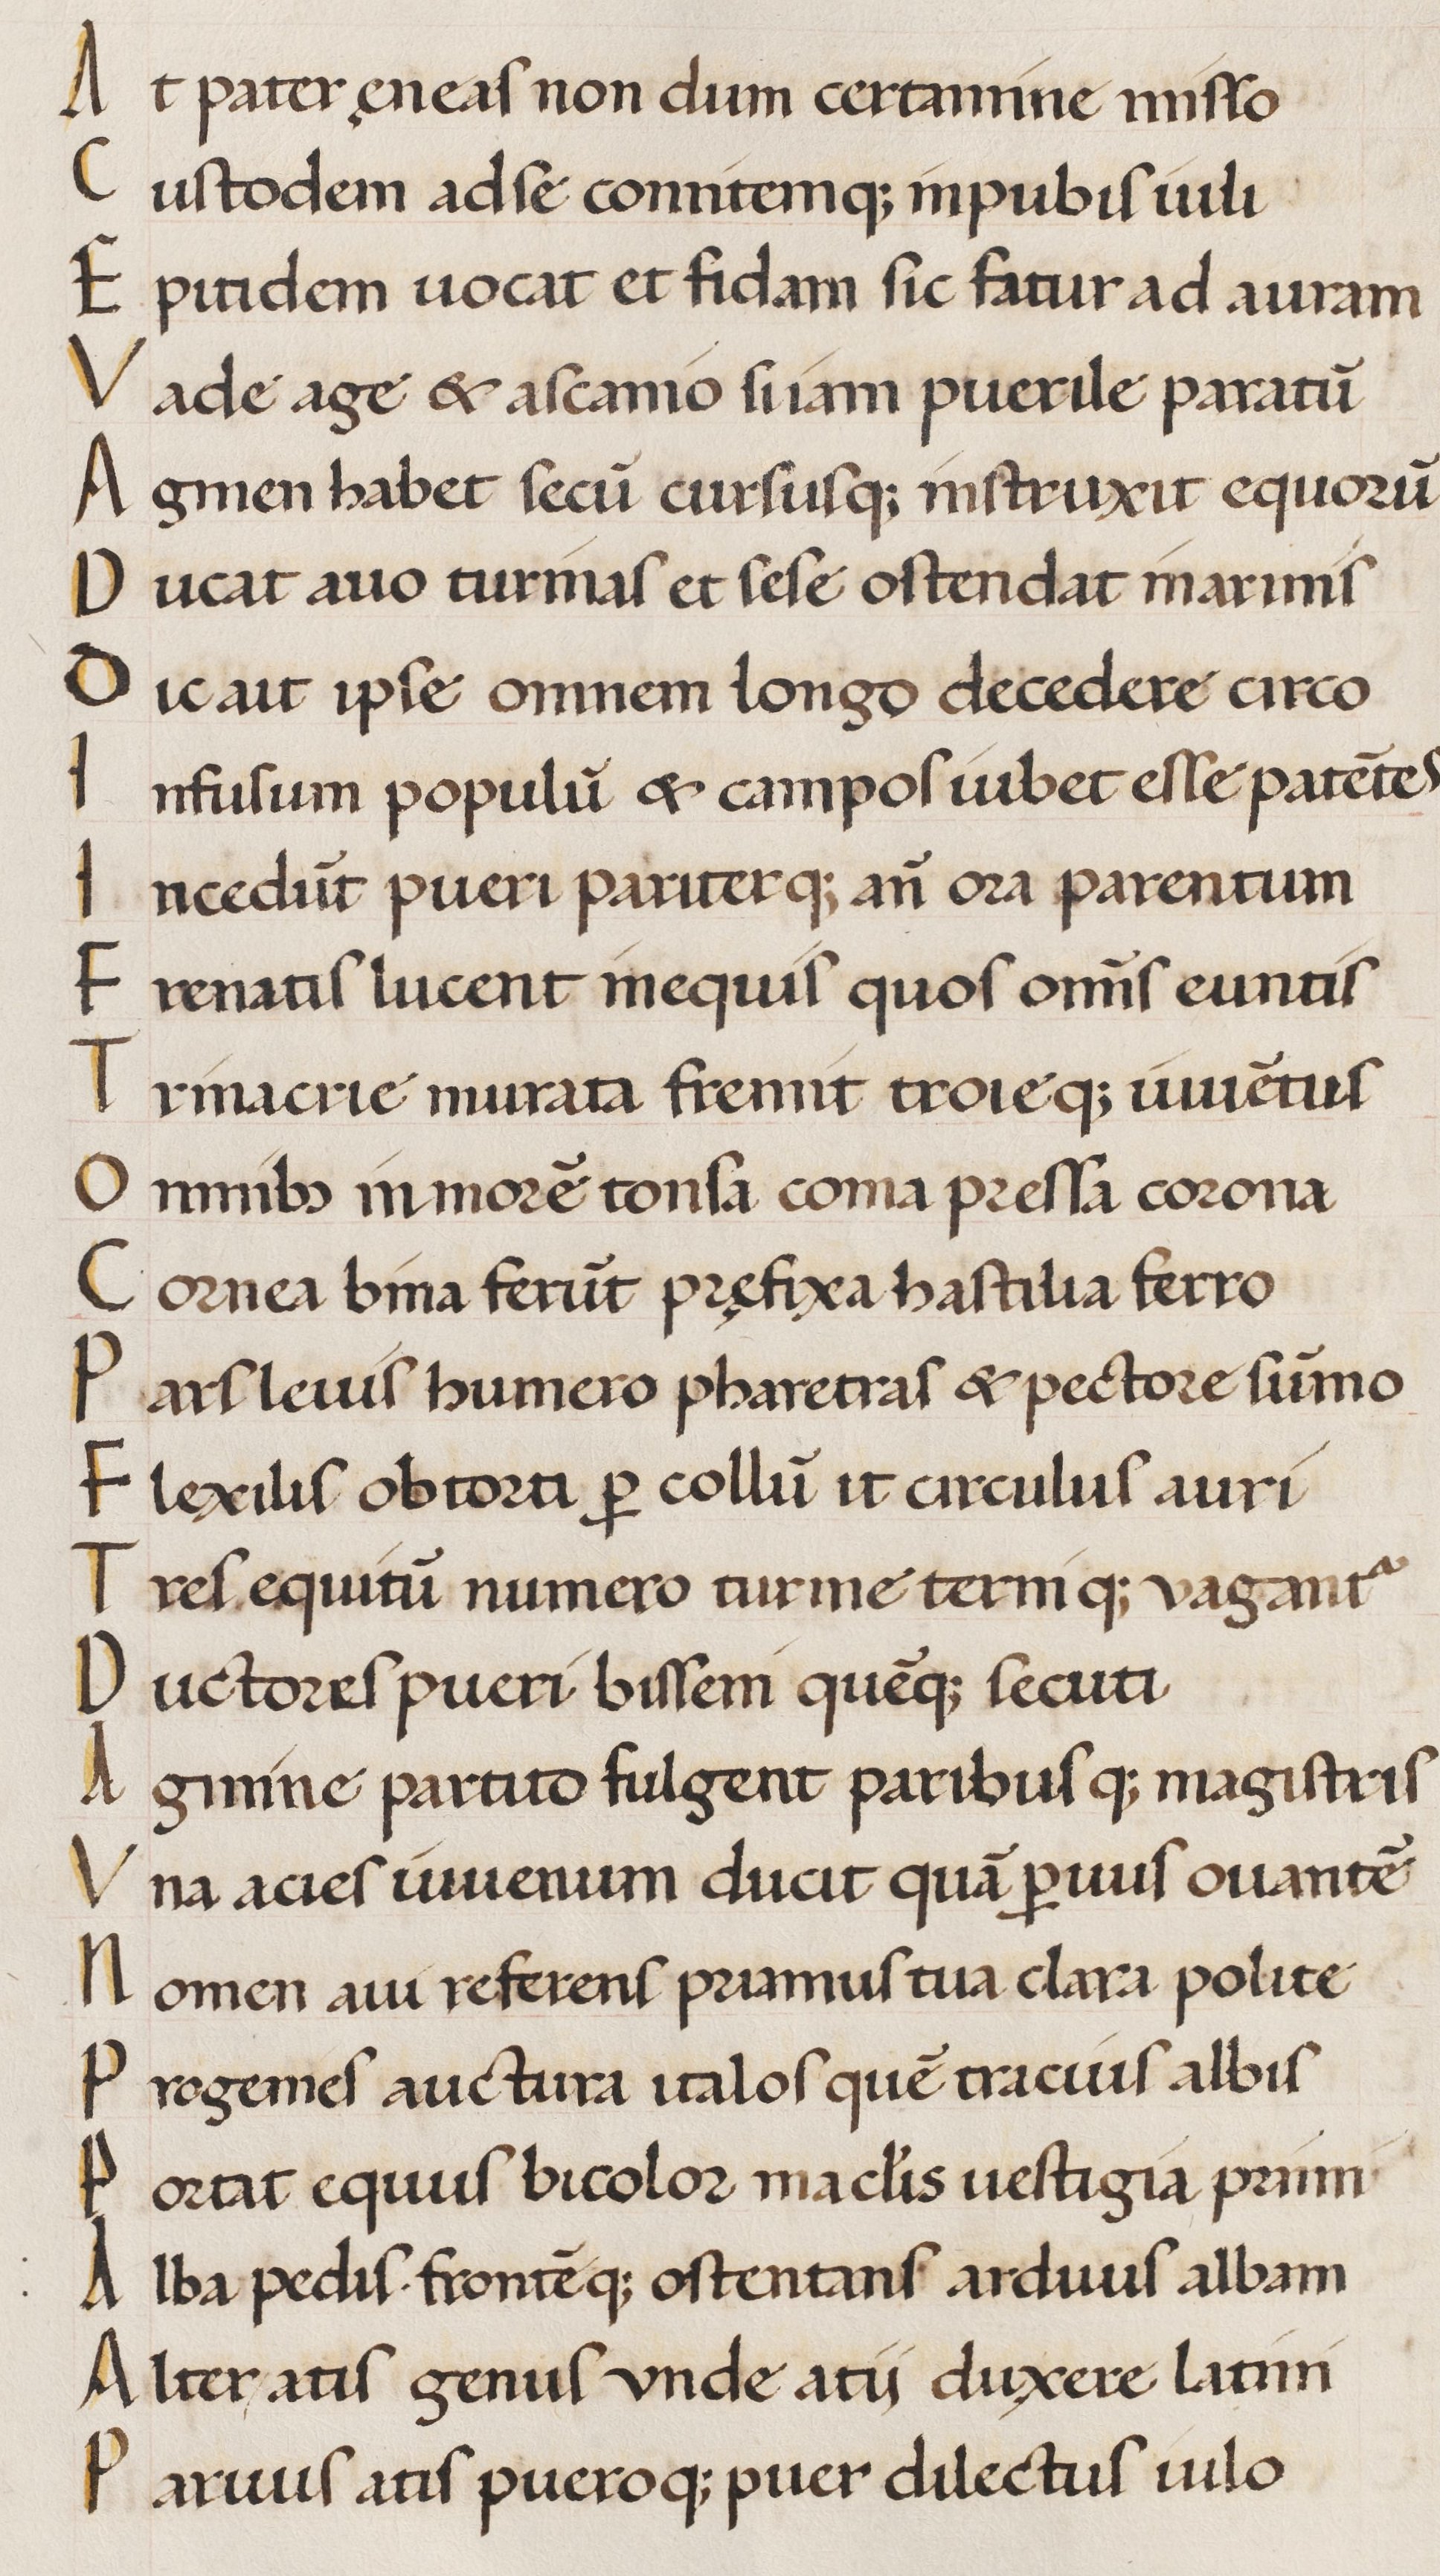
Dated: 1450–1474